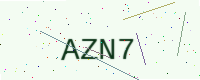
Text: AZN7